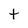
Character: t